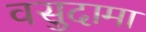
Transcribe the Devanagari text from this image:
वसुदामा